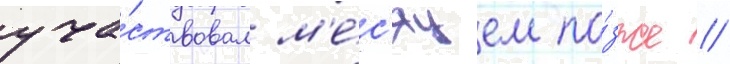
уча́ствовал м'е́с'яцем по́зже /